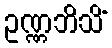
ဥဏ္ဏဘိသိံ